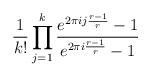
LaTeX: \begin{align*}\frac{1}{k!}\prod_{j=1}^k\frac{e^{2\pi i j \frac{r-1}{r}}-1}{e^{2\pi i \frac{r-1}{r}}-1}\end{align*}